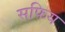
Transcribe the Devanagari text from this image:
सफिय